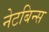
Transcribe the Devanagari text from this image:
नेटबिन्स